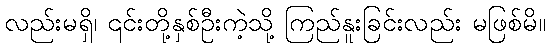
လည်းမရှိ၊ ၎င်းတို့နှစ်ဦးကဲ့သို့ ကြည်နူးခြင်းလည်း မဖြစ်မိ။